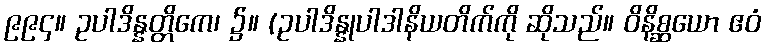
၉၉၄။ ဥပါဒိန္နတ္တိကေ၊ ၌။ (ဥပါဒိန္နုပါဒါနိယတိက်ကို ဆိုသည်။ ဝိနိစ္ဆယော ဧဝံ